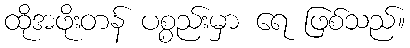
ထိုအဖိုးတန် ပစ္စည်းမှာ ရေ ဖြစ်သည်။